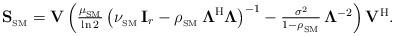
LaTeX: \begin{align*}\textstyle\mathbf{S_{_\mathrm{SM}}}=\mathbf{V}\left(\frac{\mu_{_{\rm SM}}}{\ln2}\left(\nu_{_{\rm SM}}\,\mathbf{I}_r-\rho_{_{\rm SM}}\,\boldsymbol{\Lambda}^{\rm H}\boldsymbol{\Lambda}\right)^{-1}-\frac{\sigma^2}{1-\rho_{_{\rm SM}}}\,\mathbf{\Lambda}^{-2}\right)\mathbf{V}^{\rm H}.\end{align*}